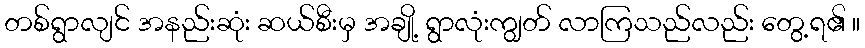
တစ်ရွာလျင် အနည်းဆုံး ဆယ်စီးမှ အချို့ ရွာလုံးကျွတ် လာကြသည်လည်း တွေ့ရ၏ ။